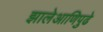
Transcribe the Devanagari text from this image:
झालेआणिपुढे